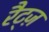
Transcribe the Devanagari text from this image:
रैट्ज़